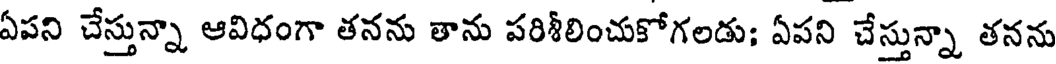
ఏపని చేస్తున్నా ఆవిధంగా తనను తాను పరిశీలించుకోగలడు; ఏపని చేస్తున్నా తనను